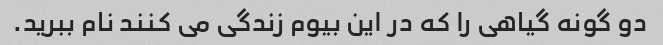
دو گونه گیاهی را که در این بیوم زندگی می کنند نام ببرید.